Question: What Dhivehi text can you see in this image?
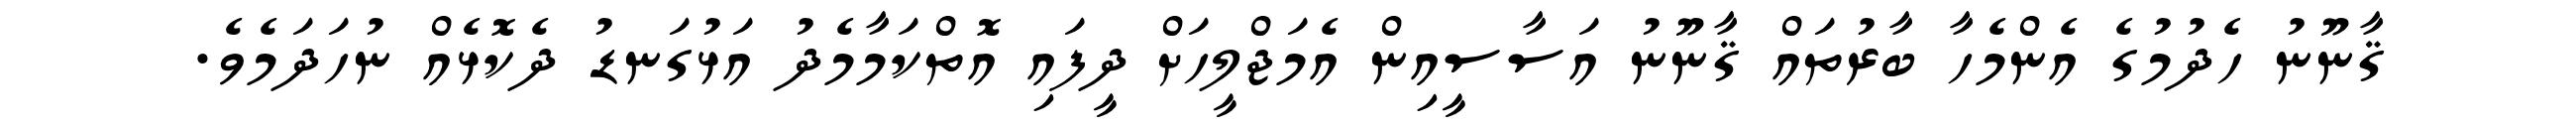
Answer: ޤާނޫނު ހެދުމުގެ އެންމެހާ ބާރުތައް ޤާނޫނު އަސާސީއިން އެމަޖްލީހަށް ދީފައި އޮތްކަމާމެދު އަޅުގަނޑު ދެކޮޅެއް ނުހަދަމެވެ.